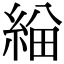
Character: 𦁃